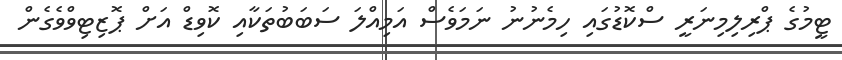
ޓީމުގެ ޕްރިލިމިނަރީ ސްކޮޑުގައި ހިމެނުނު ނަމަވެސް އަމިއްލަ ސަބަބުތަކާއި ކޮވިޑް އަށް ޕޮޒިޓިވްވެގެން